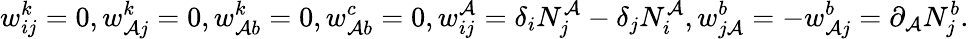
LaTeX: w_{ij}^{k}=0,w_{\mathcal{A}j}^{k}=0,w_{\mathcal{A}b}^{k}=0,w_{\mathcal{A}b}^{c}=0,w_{ij}^{\mathcal{A}}=\delta_{i}N_{j}^{\mathcal{A}}-\delta_{j}N_{i}^{\mathcal{A}},w_{j\mathcal{A}}^{b}=-w_{\mathcal{A}j}^{b}=\partial_{\mathcal{A}}N_{j}^{b}.